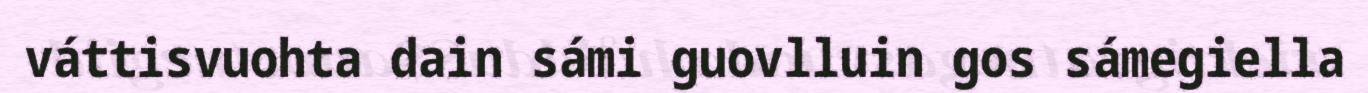
váttisvuohta dain sámi guovlluin gos sámegiella